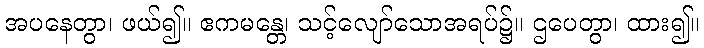
အပနေတွာ၊ ဖယ်၍။ ဧကမန္တေ၊ သင့်လျော်သောအရပ်၌။ ဌပေတွာ၊ ထား၍။